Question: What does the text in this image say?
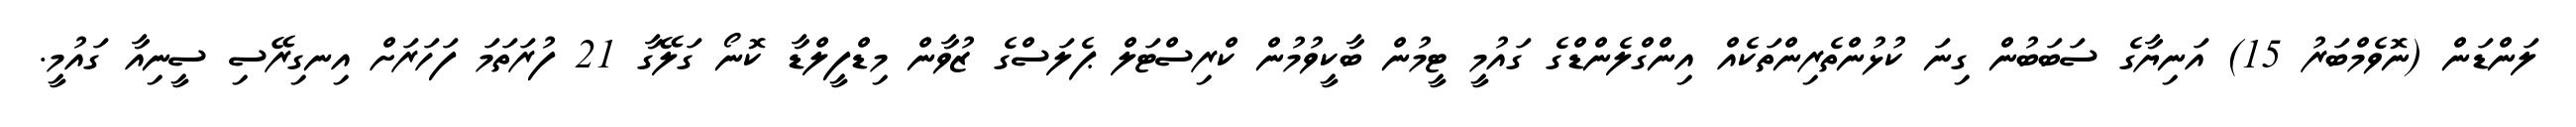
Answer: ލަންޑަން (ނޮވެމްބަރު 15) އަނިޔާގެ ސަބަބުން ގިނަ ކުޅުންތެރިންތަކެއް އިންގްލެންޑްގެ ގައުމީ ޓީމުން ބާކީވުމުން ކްރިސްޓަލް ޕެލަސްގެ ޒުވާން މިޑްފީލްޑާ ކޮނޯ ގަލޭގާ 21 ފުރަތަމަ ފަހަރަށް އިނގިރޭސި ސީނިއާ ގައުމީ.